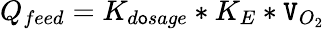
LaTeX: Q_{feed}=K_{d\mathsf{o}sage}*K_{E}*\mathtt{V}_{O_{2}}